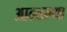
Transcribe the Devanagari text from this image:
आढळ्ल्या